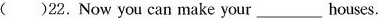
()22.Now you can make your___houses.